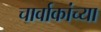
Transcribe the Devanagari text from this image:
चार्वाकांच्या